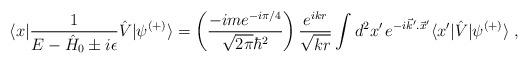
LaTeX: \begin{align*}\langle x|\frac{1}{E-\hat H_0\pm i\epsilon}\hat V|\psi^{(+)}\rangle= \left( \frac{-ime^{-i\pi/4}}{\sqrt{2\pi}\hbar^2}\right)\frac{e^{ikr}}{ \sqrt{kr}}\int d^2x'\,e^{-i\vec k'.\vec x'}\langle x'|\hat V| \psi^{(+)}\rangle\;,\end{align*}